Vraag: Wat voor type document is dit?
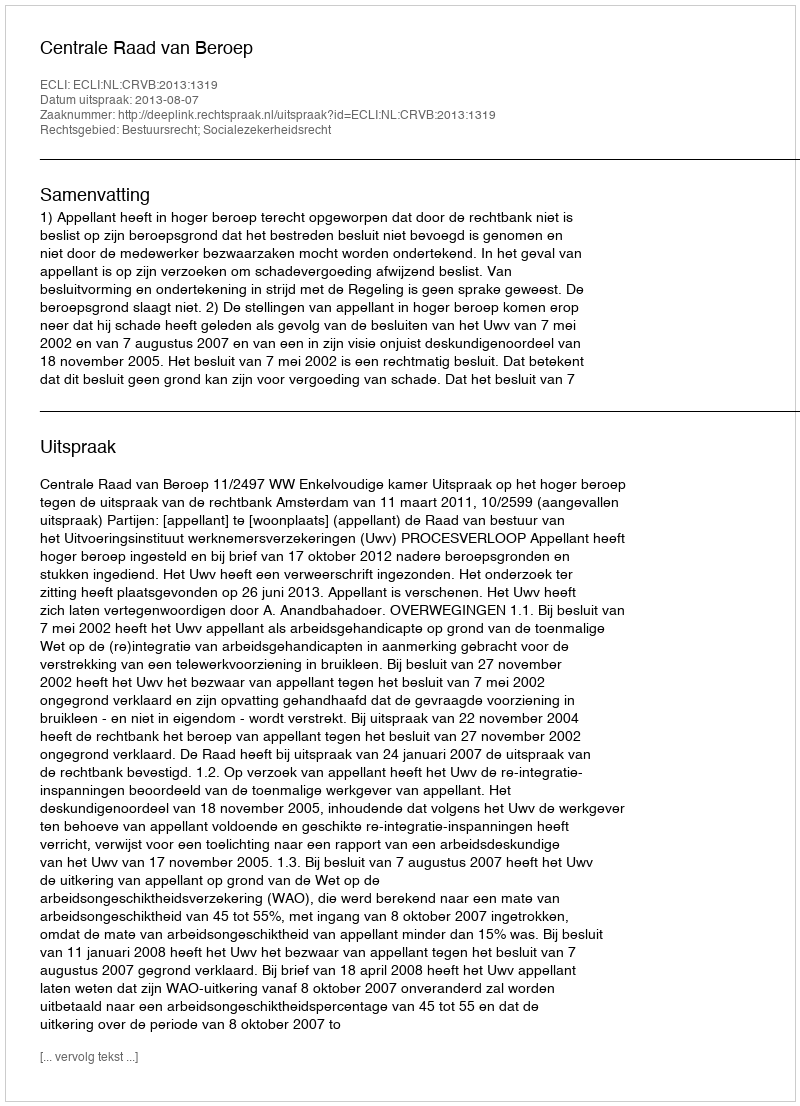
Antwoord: Uitspraak